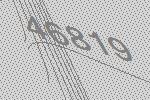
46819